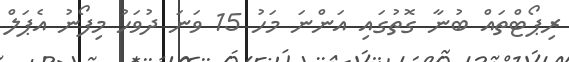
ރިޕޯޓްތައް ބުނާ ގޮތުގައި އަންނަ މަހު 15 ވަނަ ދުވަހު މިފޯނު އެޕަލް